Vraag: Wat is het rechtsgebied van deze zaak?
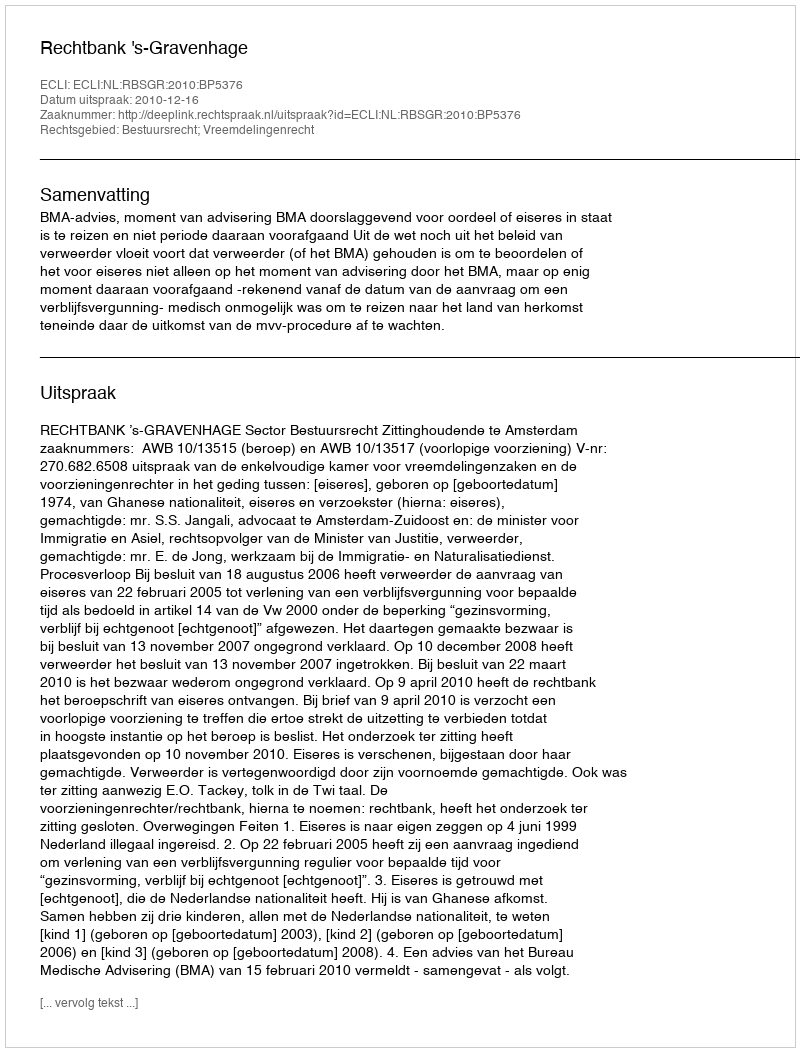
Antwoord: Bestuursrecht; Vreemdelingenrecht